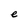
Character: e